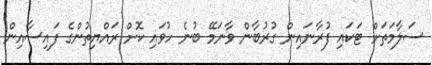
ސަލާމަތަށް ޓަކައި ފުރާނައިން ގުރުބާން ވާނަމޭ ބުނެ ހުވައި ކޮށް ރައްޔިތުންގެ ފައިސާއިން